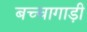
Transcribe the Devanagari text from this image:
बच्चागाड़ी